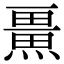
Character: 𭻨